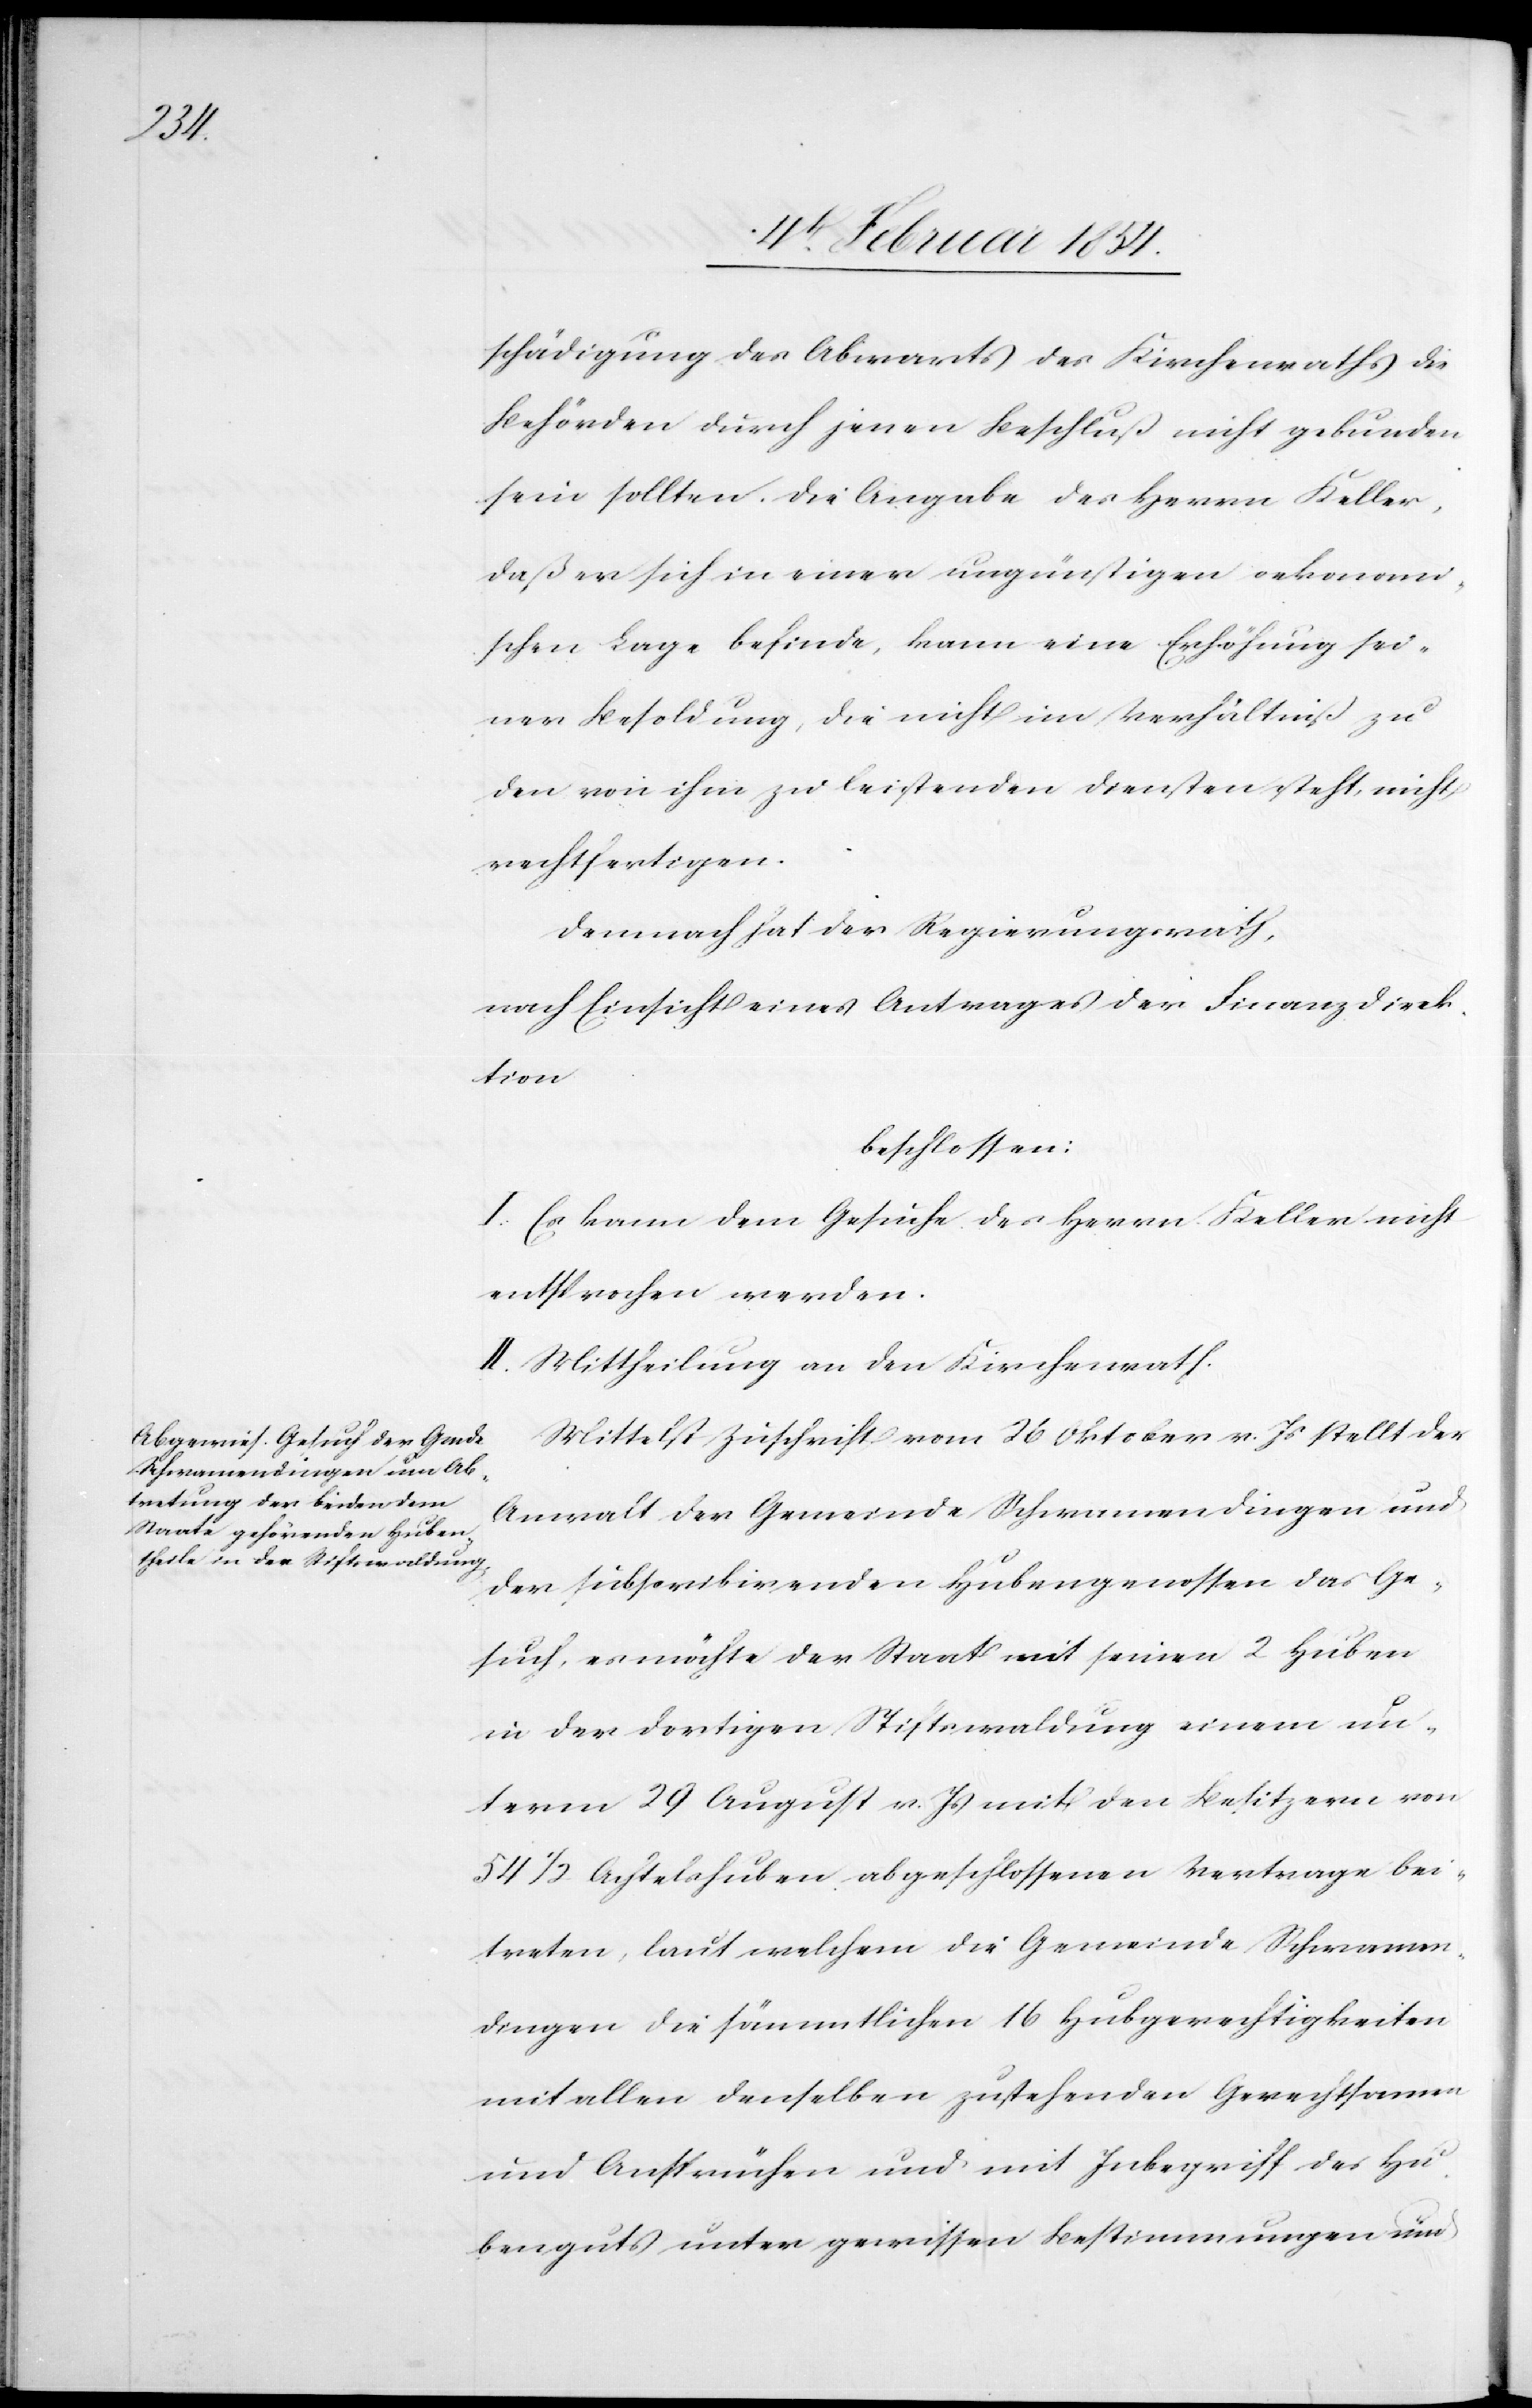
schädigung des Abwarts des Kirchenraths die
Behörden durch jenen Beschluß nicht gebunden
sein sollten. Die Angabe des Herrn Keller,
daß er sich in einer ungünstigen oekonomi¬
schen Lage befinde, kann eine Erhöhung sei¬
ner Besoldung, die nicht im Verhältniß zu
den von ihm zu leistenden Diensten steht, nicht
rechtfertigen.
Demnach hat der Regierungsrath,
nach Einsicht eines Antrages der Finanzdirek¬
tion,
beschlossen:
I. Es kann dem Gesuche des Herrn Keller nicht
entsprochen werden.
II. Mittheilung an den Kirchenrath.
Mittelst Zuschrift vom 26 Oktober v. Js stellt der
Anwalt der Gemeinde Schwamendingen und
der subscribirenden Hubengenossen das Ge¬
such, es möchte der Staat mit seinen 2 Huben
in der dortigen Stiftwaldung einem un¬
term 29 August v. Js mit den Besitzern von
54 ½ Achtelshuben abgeschlossenen Vertrage bei¬
treten, laut welchem die Gemeinde Schwamen¬
dingen die sämmtlichen 16 Hubgerechtigkeiten
mit allen denselben zustehenden Gerechtsamen
und Ansprüchen und mit Inbegriff des Hu¬
benguts unter gewissen Bestimmungen und